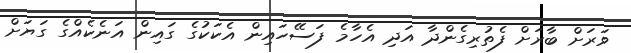
ވަރަށް ބާރަށް ފެތުރިގެންދާ އަދި އެހާމެ ފަސޭހައިން އެކަކުގެ ގައިން އަނެކެއްގެ ގަޔަށް